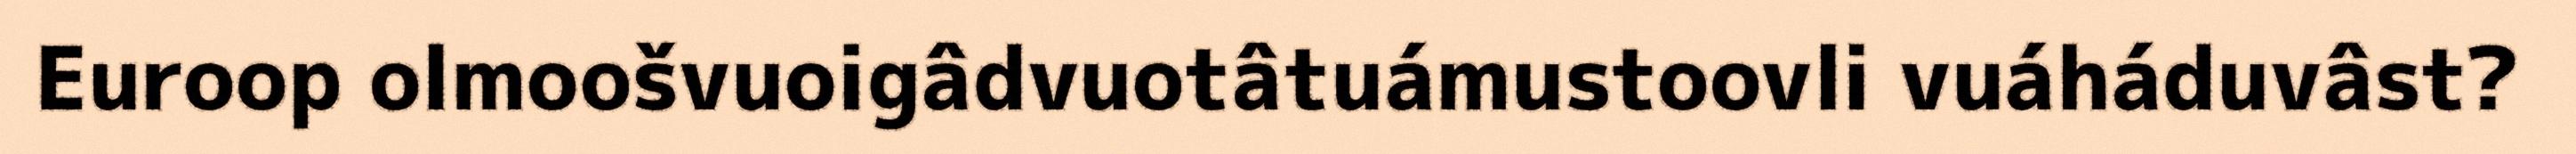
Euroop olmoošvuoigâdvuotâtuámustoovli vuáháduvâst?